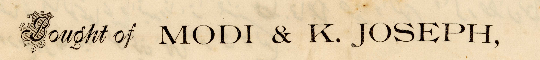
Bought of MODI & K. JOSEPH,